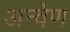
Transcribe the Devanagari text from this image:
अन्वेण